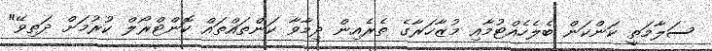
ސަލާމަތީ ކަންކަން ބެލެހެއްޓުމާއި މުޒާހަރާގެ ތެރެއިން ދިމާވާ ކަންތައްތައް ކޮންޓްރޯލް ކުރުމަށް ދަތިވޭ"